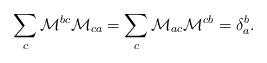
LaTeX: \begin{align*}\sum_{c}\mathcal{M}^{bc}\mathcal{M}_{ca}=\sum_{c}\mathcal{M}_{ac}\mathcal{M}^{cb}=\delta ^{b}_{a}.\end{align*}